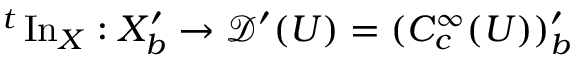
{ } ^ { t } \operatorname { I n } _ { X } : X _ { b } ^ { \prime } \to { \mathcal { D } } ^ { \prime } ( U ) = ( C _ { c } ^ { \infty } ( U ) ) _ { b } ^ { \prime }